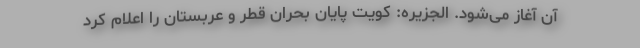
آن آغاز می‌شود. الجزیره: کویت پایان بحران قطر و عربستان را اعلام کرد